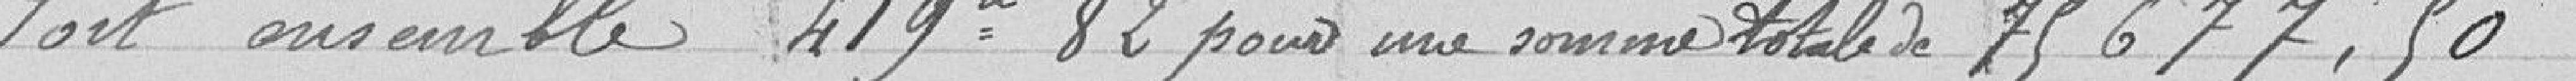
Soit ensemble  419 ares 82 pour une somme totale de 75 677,50